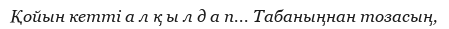
Қойын кетті а л қ ы л д а п... Табаныңнан тозасың,